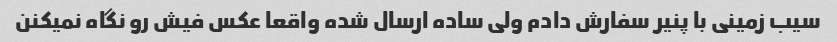
سیب زمینی با پنیر سفارش دادم ولی ساده ارسال شده واقعا عکس فیش رو نگاه نمیکنن